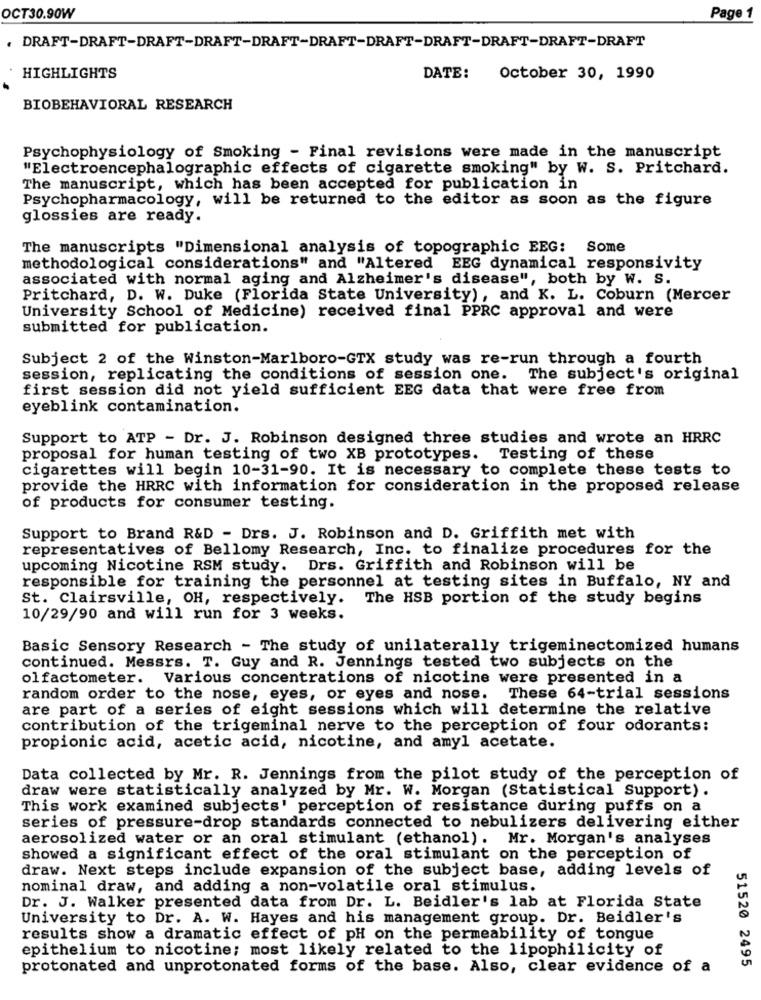
OCT30.90W
Page 1
. DRAFT-DRAFT-DRAFT-DRAFT-DRAFT-DRAFT-DRAFT-DRAFT-DRAFT-DRAFT-DRAFT
HIGHLIGHTS
DATE: October 30, 1990
BIOBEHAVIORAL RESEARCH
Psychophysiology of Smoking - Final revisions were made in the manuscript
"Electroencephalographic effects of cigarette smoking" by W. S. Pritchard.
The manuscript, which has been accepted for publication in
Psychopharmacology, will be returned to the editor as soon as the figure
glossies are ready.
The manuscripts "Dimensional analysis of topographic EEG: Some
methodological considerations" and "Altered EEG dynamical responsivity
associated with normal aging and Alzheimer's disease", both by W. S.
Pritchard, D. W. Duke (Florida State University), and K. L. Coburn (Mercer
University School of Medicine) received final PPRC approval and were
submitted for publication.
Subject 2 of the Winston-Marlboro-GTX study was re-run through a fourth
session, replicating the conditions of session one. The subject's original
first session did not yield sufficient EEG data that were free from
eyeblink contamination.
Support to ATP - Dr. J. Robinson designed three studies and wrote an HRRC
proposal for human testing of two XB prototypes. Testing of these
cigarettes will begin 10-31-90. It is necessary to complete these tests to
provide the HRRC with information for consideration in the proposed release
of products for consumer testing.
Support to Brand R&D - Drs. J. Robinson and D. Griffith met with
representatives of Bellomy Research, Inc. to finalize procedures for the
upcoming Nicotine RSM study. Drs. Griffith and Robinson will be
responsible for training the personnel at testing sites in Buffalo, NY and
St. Clairsville, OH, respectively. The HSB portion of the study begins
10/29/90 and will run for 3 weeks.
Basic Sensory Research - The study of unilaterally trigeminectomized humans
continued. Messrs. T. Guy and R. Jennings tested two subjects on the
olfactometer.
Various concentrations of nicotine were presented in a
random order to the nose, eyes, or eyes and nose. These 64-trial sessions
are part of a series of eight sessions which will determine the relative
contribution of the trigeminal nerve to the perception of four odorants:
propionic acid, acetic acid, nicotine, and amyl acetate.
Data collected by Mr. R. Jennings from the pilot study of the perception of
draw were statistically analyzed by Mr. W. Morgan (Statistical Support) .
This work examined subjects' perception of resistance during puffs on a
series of pressure-drop standards connected to nebulizers delivering either
aerosolized water or an oral stimulant (ethanol). Mr. Morgan's analyses
showed a significant effect of the oral stimulant on the perception of
draw. Next steps include expansion of the subject base, adding levels of
nominal draw, and adding a non-volatile oral stimulus.
Dr. J. Walker presented data from Dr. L. Beidler's lab at Florida State
University to Dr. A. W. Hayes and his management group. Dr. Beidler's
results show a dramatic effect of pH on the permeability of tongue
epithelium to nicotine; most likely related to the lipophilicity of
51520 2495
protonated and unprotonated forms of the base. Also, clear evidence of a